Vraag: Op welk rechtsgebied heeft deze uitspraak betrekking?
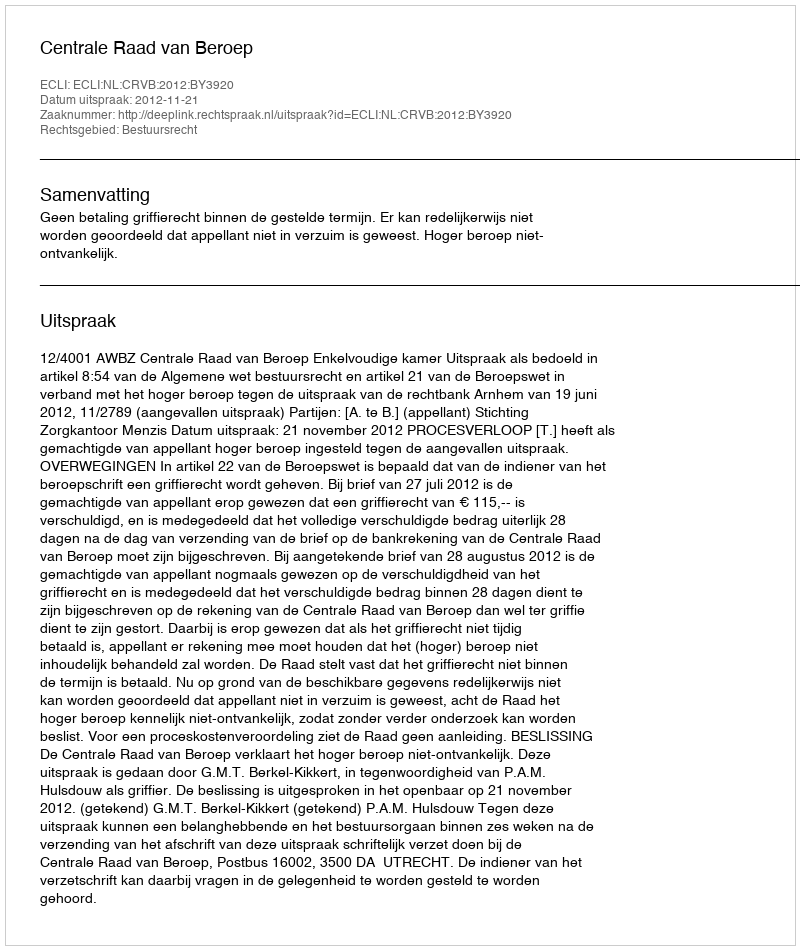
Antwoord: Bestuursrecht